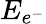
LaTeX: E_{e^{-}}